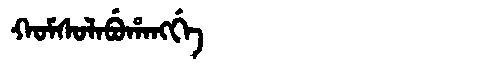
Manchu: ᡴᠣᠮᠰᠣᠯᠠᠪᡠᡥᠠᠩᡤᡝ
Romanization: KOMSOLABUHANGGE